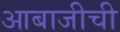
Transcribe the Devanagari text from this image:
आबाजीची